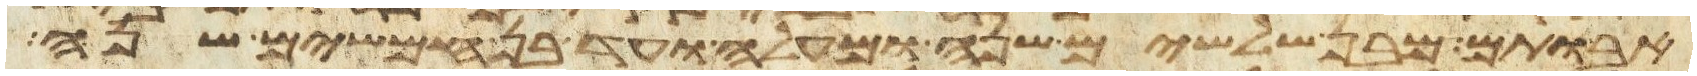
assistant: אבותם מבן שלשים שנה ומעלה ועד בן חמשים שנה